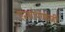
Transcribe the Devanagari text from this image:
एन्थ्रोपोफेजी